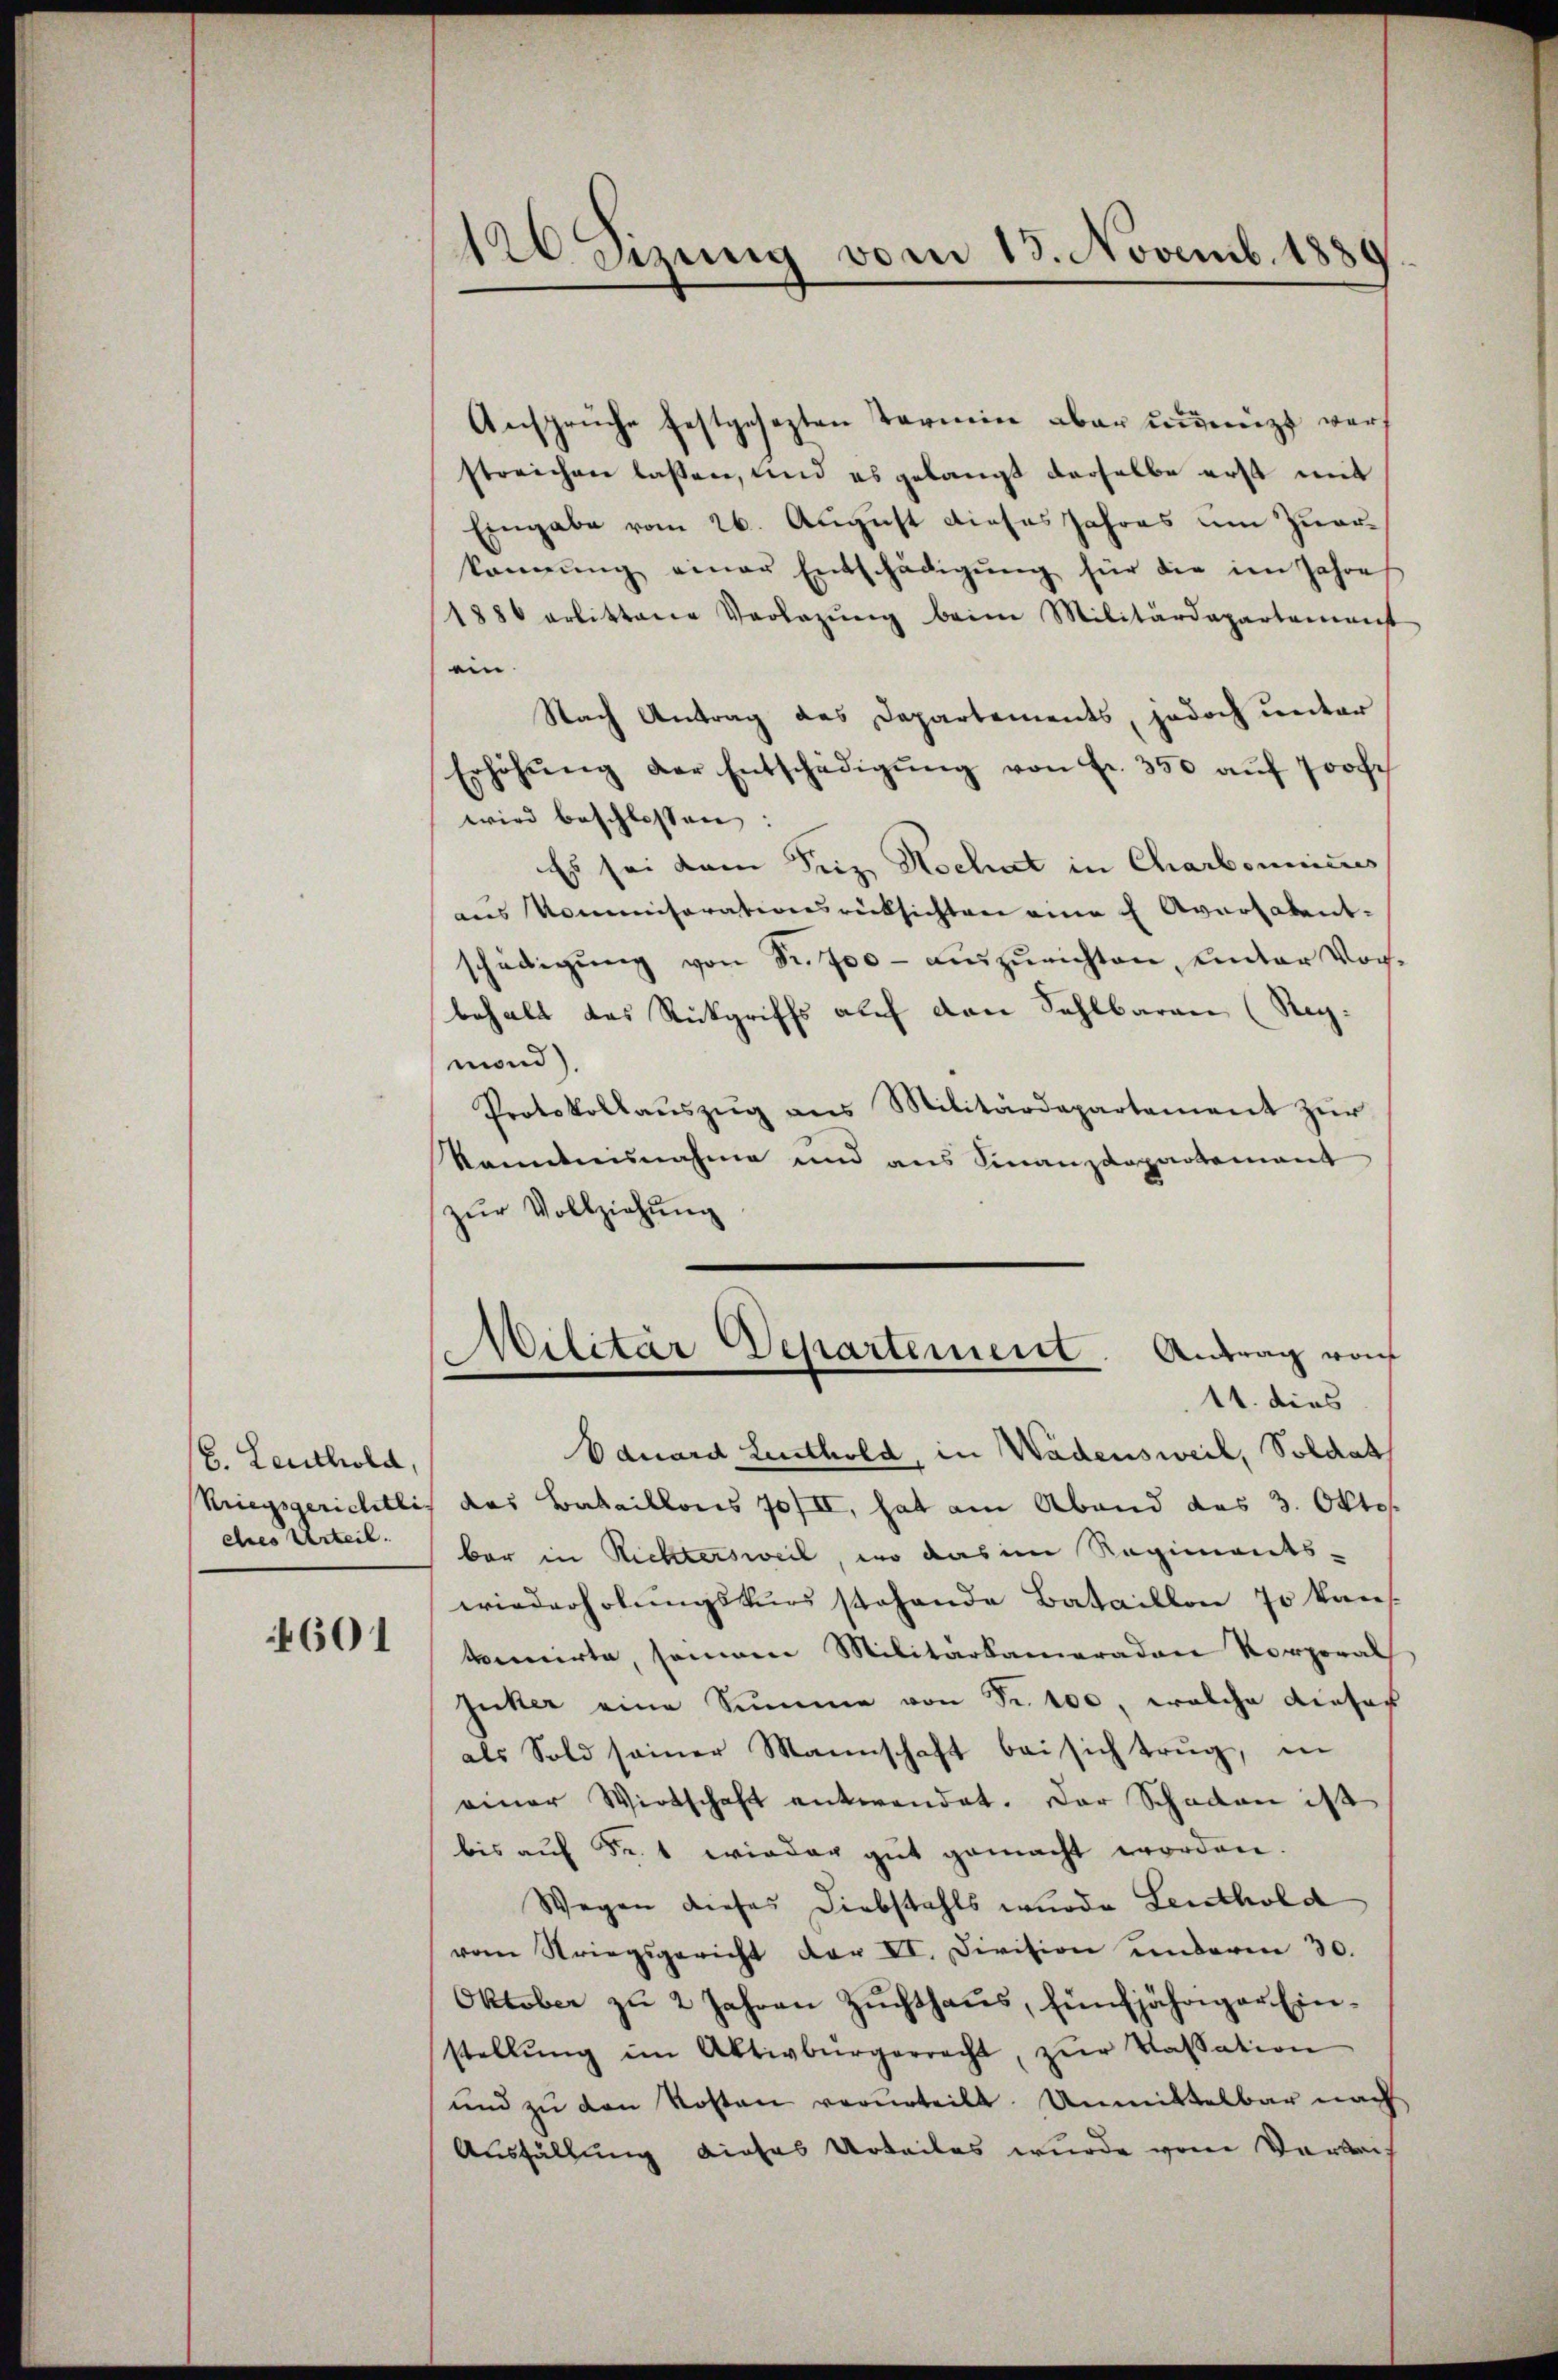
(6. Leuthold,
ches Urteil.

4601

120 Sizung vom 13. Novemb. 1889

Ansprüche festgesezten Termin aber unnüzt werf
streichen lassen, und es gelangt derselbe erst mit
Eingabe vom 26. August dieses Jahres um zuerkonnŭng einer Entschädigŭng für die im Jahres
1880 erbittene Verlegŭng beim Militärdepartement
ein.
Nach Antrag des Departements, jedoch unter
Erhöhŭng der Entschädigŭng von fr. 350 aŭf Jose
wird beschlossen:
Es sei dem Seiz. Nochnet in Charbonicus
aŭs Kommisorationsrücksichten eine e Aversalent-
schädigŭng von Fr. 700 - auszurichten, unter Vorbehalt das Rückgriffs auf den Sehlbaren (Reg.
mond).
Protokollaŭszŭg ans Militärdepartement zŭr
kanntnisnahme und ans Finanzdepartamant
zŭr Vollziehŭng
Militar Departement. Antrag vo
14. dies
Oduard Leuthold, in Wädensweil, Soldat
Kriegsgerichtlich das Bataillons 70/II, hat am Abend das 3. Okto
bar in Richtersweil, wo das im Regiments-
wiederholungskurs stehende Bataillon 70 kan
venirte, seinem Militärkameraden Korporal
Juker eine Summe von Fr. 100, welche dieser
als Sold seiner Mannschaft bei sich trug, in
einer Wirtschaft entwendet. Der Schaden ist
bis auf Fr. 1 wieder gut gemacht worden.
Wegen dieses Diebstahls wurde Leuthold
vom Striegsgericht der VI. Division anderm 30.
Oktober zu 2 Jahren Zŭchthaus, fünfjähriger Einstellŭng im Aktivbürgerrecht, zŭr Kassation
und zu den Kosten verurteilt. Unmittelbar nach
Ausfüllung dieses Urteiles wurde vom Verbi